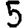
Digit: 5